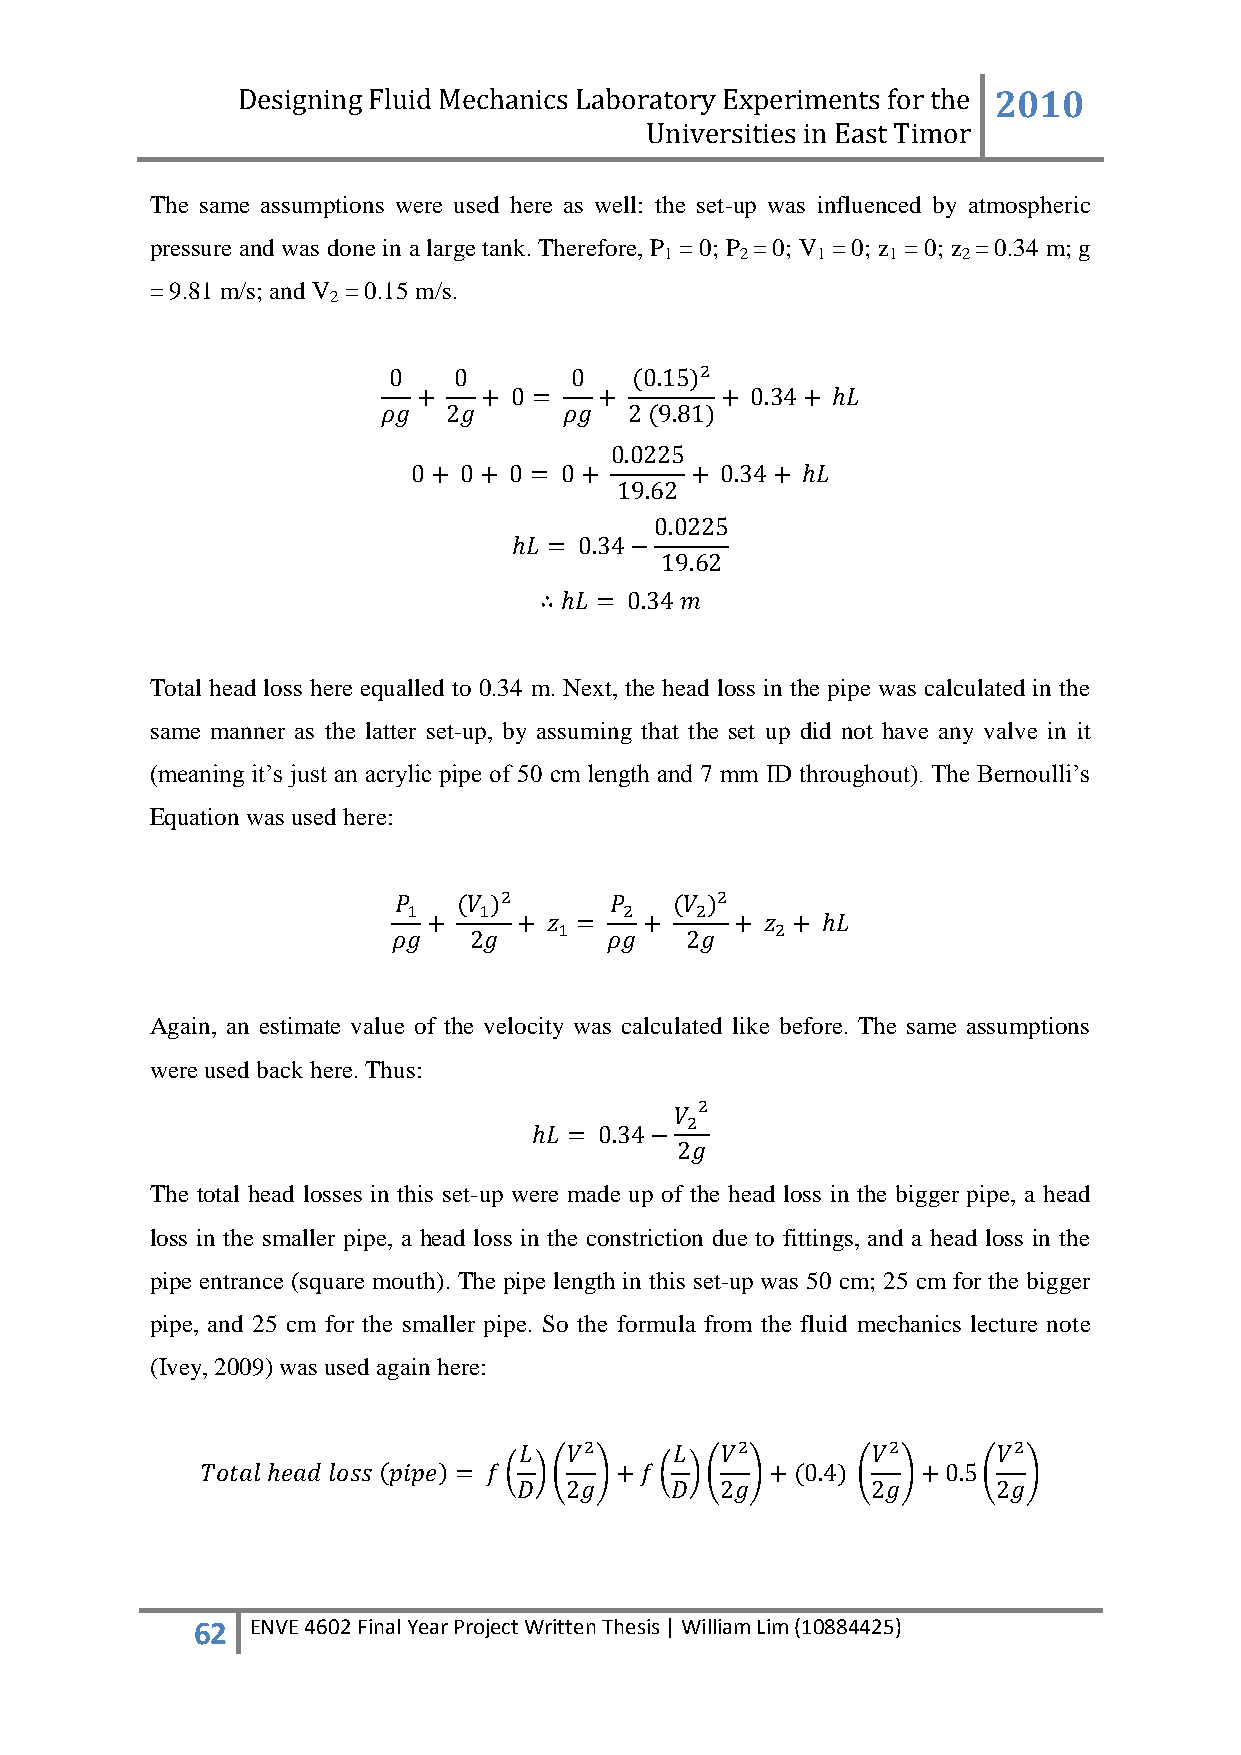
Designing Fluid Mechanics Laboratory Experiments for the 2010
 Universities in East Timor
 The same assumptions were used here as well: the set-up was influenced by atmospheric
 pressure and was done in a large tank. Therefore, P = 0; P = 0; V = 0; z = 0; z = 0.34 m; g
 1    2    1    1    2
 = 9.81 m/s; and V = 0.15 m/s.
 2
 Total head loss here equalled to 0.34 m. Next, the head loss in the pipe was calculated in the
 same manner as the latter set-up, by assuming that the set up did not have any valve in it
 (meaning it‟s just an acrylic pipe of 50 cm length and 7 mm ID throughout). The Bernoulli‟s
 Equation was used here:
 Again, an estimate value of the velocity was calculated like before. The same assumptions
 were used back here. Thus:
 The total head losses in this set-up were made up of the head loss in the bigger pipe, a head
 loss in the smaller pipe, a head loss in the constriction due to fittings, and a head loss in the
 pipe entrance (square mouth). The pipe length in this set-up was 50 cm; 25 cm for the bigger
 pipe, and 25 cm for the smaller pipe. So the formula from the fluid mechanics lecture note
 (Ivey, 2009) was used again here:
 62  ENVE 4602 Final Year Project Written Thesis | William Lim (10884425)